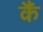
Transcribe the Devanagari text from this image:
कैं